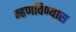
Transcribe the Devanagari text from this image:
म्हणविण्यास